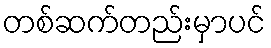
တစ်ဆက်တည်းမှာပင်